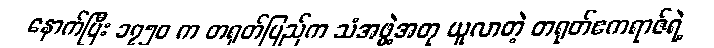
နောက်ပြီး ၁၇၅၀ က တရုတ်ပြည်က သံအဖွဲ့အတု ယူလာတဲ့ တရုတ်ဧကရာဇ်ရဲ့